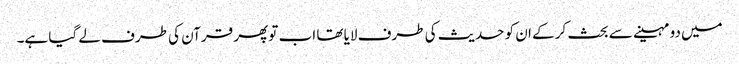
میں دو مہینے سے بحث کر کے ان کو حدیث کی طرف لایا تھا اب تو پھر قرآن کی طرف لے گیا ہے۔